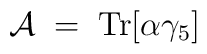
{\cal A} \;=\; {\rm Tr} [ \alpha \gamma_5 ]